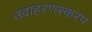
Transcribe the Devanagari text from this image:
उदाहरणस्करप